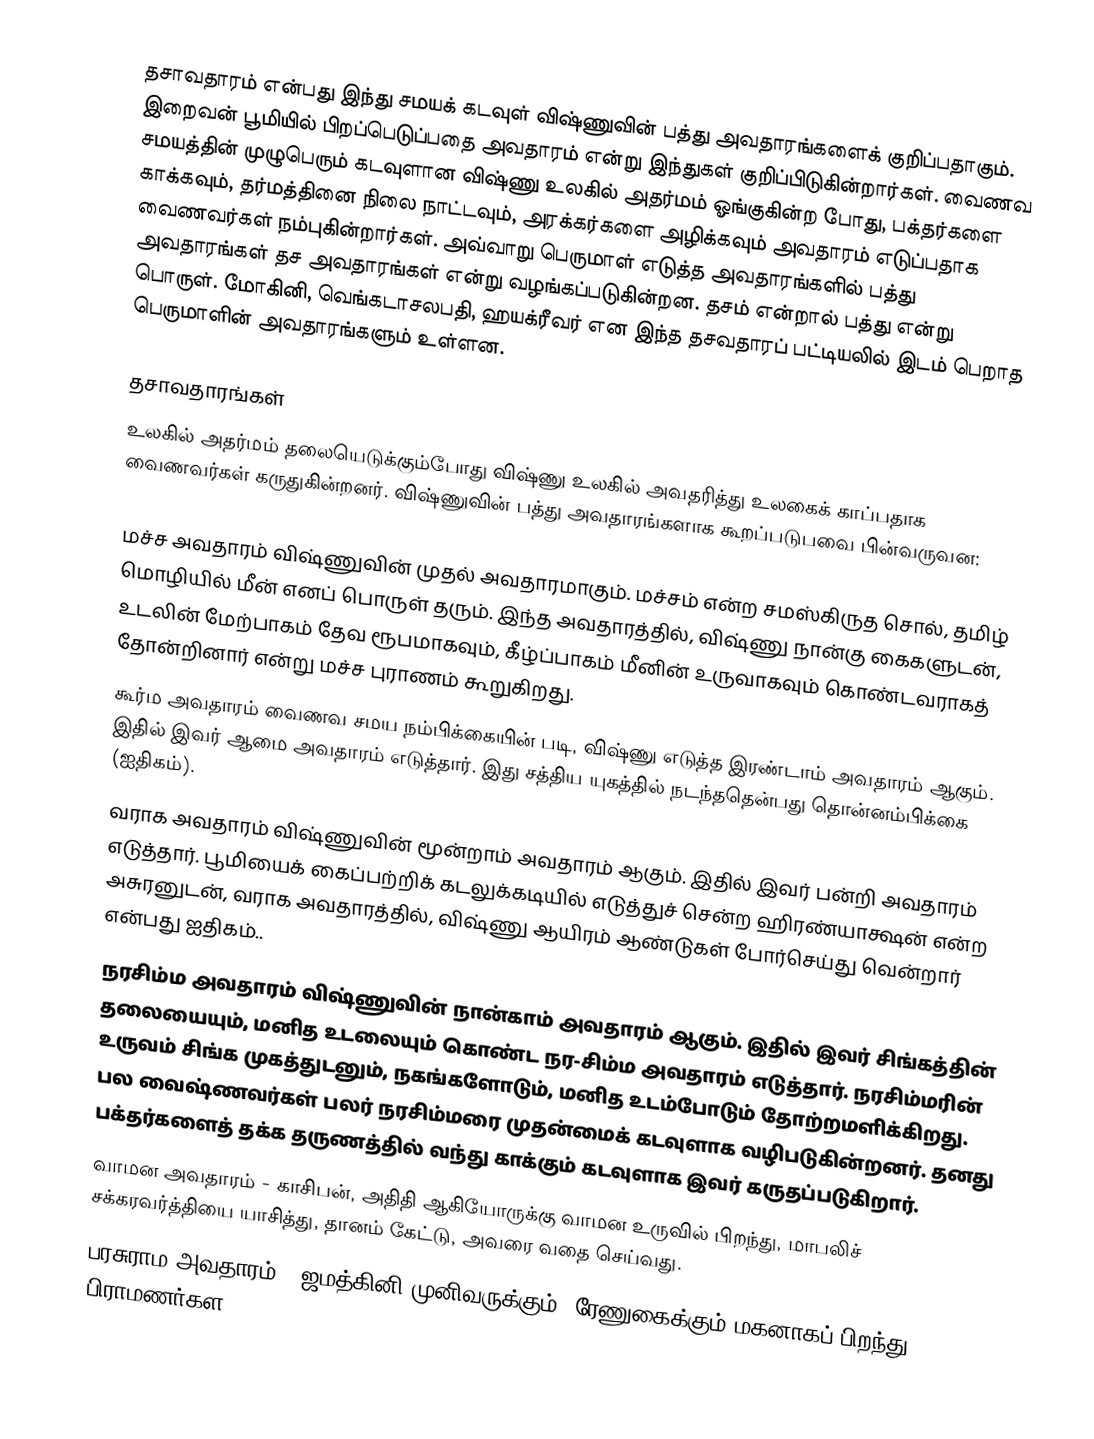
தசாவதாரம் என்பது இந்து சமயக் கடவுள் விஷ்ணுவின் பத்து அவதாரங்களைக் குறிப்பதாகும். இறைவன் பூமியில் பிறப்பெடுப்பதை அவதாரம் என்று இந்துகள் குறிப்பிடுகின்றார்கள். வைணவ சமயத்தின் முழுபெரும் கடவுளான விஷ்ணு உலகில் அதர்மம் ஓங்குகின்ற போது, பக்தர்களை காக்கவும், தர்மத்தினை நிலை நாட்டவும், அரக்கர்களை அழிக்கவும் அவதாரம் எடுப்பதாக வைணவர்கள் நம்புகின்றார்கள். அவ்வாறு பெருமாள் எடுத்த அவதாரங்களில் பத்து அவதாரங்கள் தச அவதாரங்கள் என்று வழங்கப்படுகின்றன. தசம் என்றால் பத்து என்று பொருள். மோகினி, வெங்கடாசலபதி, ஹயக்ரீவர் என இந்த தசவதாரப் பட்டியலில் இடம் பெறாத பெருமாளின் அவதாரங்களும் உள்ளன.

தசாவதாரங்கள்
உலகில் அதர்மம் தலையெடுக்கும்போது விஷ்ணு உலகில் அவதரித்து உலகைக் காப்பதாக வைணவர்கள் கருதுகின்றனர். விஷ்ணுவின் பத்து அவதாரங்களாக கூறப்படுபவை பின்வருவன:

 மச்ச அவதாரம் விஷ்ணுவின் முதல் அவதாரமாகும். மச்சம் என்ற சமஸ்கிருத சொல்,  தமிழ்  மொழியில் மீன் எனப் பொருள் தரும். இந்த அவதாரத்தில், விஷ்ணு நான்கு கைகளுடன், உடலின் மேற்பாகம் தேவ ரூபமாகவும், கீழ்ப்பாகம் மீனின் உருவாகவும் கொண்டவராகத் தோன்றினார் என்று மச்ச புராணம் கூறுகிறது.
 கூர்ம அவதாரம் வைணவ சமய நம்பிக்கையின் படி, விஷ்ணு எடுத்த இரண்டாம் அவதாரம் ஆகும். இதில் இவர் ஆமை அவதாரம் எடுத்தார். இது சத்திய யுகத்தில் நடந்ததென்பது தொன்னம்பிக்கை (ஐதிகம்).
 வராக அவதாரம் விஷ்ணுவின் மூன்றாம் அவதாரம் ஆகும். இதில் இவர் பன்றி அவதாரம் எடுத்தார். பூமியைக் கைப்பற்றிக் கடலுக்கடியில் எடுத்துச் சென்ற ஹிரண்யாக்ஷன் என்ற அசுரனுடன், வராக அவதாரத்தில், விஷ்ணு ஆயிரம் ஆண்டுகள் போர்செய்து வென்றார் என்பது ஐதிகம்..
 நரசிம்ம அவதாரம் விஷ்ணுவின் நான்காம் அவதாரம் ஆகும். இதில் இவர் சிங்கத்தின் தலையையும், மனித உடலையும் கொண்ட நர-சிம்ம அவதாரம் எடுத்தார். நரசிம்மரின் உருவம் சிங்க முகத்துடனும், நகங்களோடும், மனித உடம்போடும் தோற்றமளிக்கிறது. பல வைஷ்ணவர்கள் பலர் நரசிம்மரை முதன்மைக் கடவுளாக வழிபடுகின்றனர். தனது பக்தர்களைத் தக்க தருணத்தில் வந்து காக்கும் கடவுளாக இவர் கருதப்படுகிறார்.
 வாமன அவதாரம் - காசிபன், அதிதி ஆகியோருக்கு வாமன உருவில் பிறந்து, மாபலிச் சக்கரவர்த்தியை யாசித்து, தானம் கேட்டு, அவரை வதை செய்வது.
 பரசுராம அவதாரம் - ஜமத்கினி முனிவருக்கும், ரேணுகைக்கும் மகனாகப் பிறந்து, பிராமணர்கள